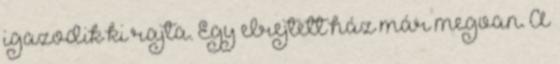
igazodik ki rajta. Egy elrejtett ház már megvan. A